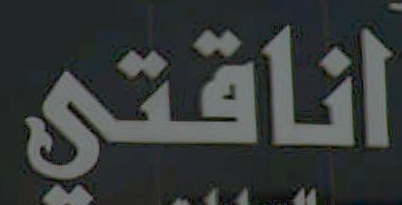
اناقتي